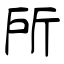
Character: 所